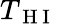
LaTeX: T_{\mathrm{~H~I~}}